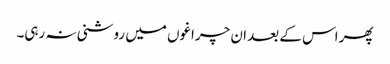
پھر اس کے بعد ان چراغوں میں روشنی نہ رہی۔